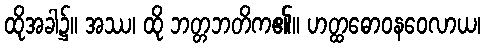
ထိုအခါ၌။ အဿ၊ ထို ဘတ္တဘတိက၏။ ဟတ္ထဓောဝနဝေလာယ၊